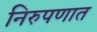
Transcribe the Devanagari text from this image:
निरुपणात